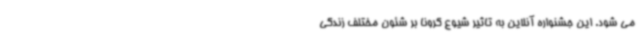
می شود. این جشنواره آنلاین به تاثیر شیوع کرونا بر شئون مختلف زندگی